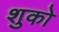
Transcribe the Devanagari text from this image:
शुको